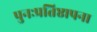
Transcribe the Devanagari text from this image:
पुनःप्रतिष्ठापना